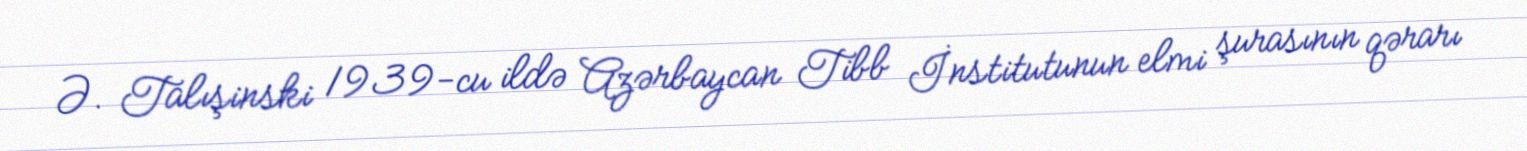
Ə. Talışinski 1939-cu ildə Azərbaycan Tibb İnstitutunun elmi şurasının qərarı